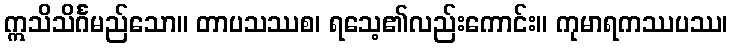
ဣသိသိင်္ဂမည်သော။ တာပသဿစ၊ ရသေ့၏လည်းကောင်း။ ကုမာရကဿပဿ၊